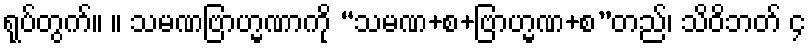
ရုပ်တွက်။ ။ သမဏဗြာဟ္မဏာကို “သမဏ+စ+ဗြာဟ္မဏ+စ”တည်၊ သိဝိဘတ် ၄